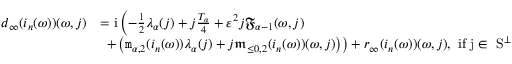
\begin{array} { r l } { d _ { \infty } ( i _ { n } ( \omega ) ) ( \omega , j ) } & { = \mathrm { i } \left( - \frac { 1 } { 2 } \lambda _ { \alpha } ( j ) + j \frac { T _ { \alpha } } { 4 } + \varepsilon ^ { 2 } j \mathfrak { F } _ { \alpha - 1 } ( \omega , j ) \right. } \\ & { \left. \ + \left( \mathtt { m } _ { \alpha , 2 } ( i _ { n } ( \omega ) ) \lambda _ { \alpha } ( j ) + j \mathfrak { m } _ { \le 0 , 2 } ( i _ { n } ( \omega ) ) ( \omega , j ) \right) \right) + r _ { \infty } ( i _ { n } ( \omega ) ) ( \omega , j ) , \mathrm { ~ i f ~ j \in ~ S ^ \perp ~ } } \end{array}